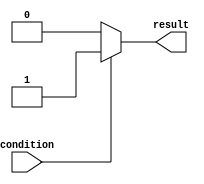
module if_else_statement(
    input wire condition,
    output reg result
);

always @(*)
begin
    if (condition)
    begin
        result <= 1'b1;
    end
    else
    begin
        result <= 1'b0;
    end
end

endmodule